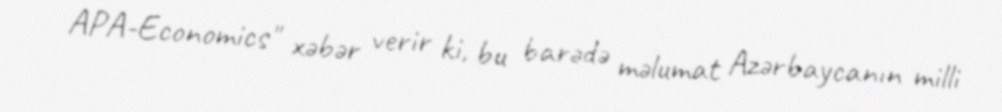
APA-Economics" xəbər verir ki, bu barədə məlumat Azərbaycanın milli